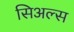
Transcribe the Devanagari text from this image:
सिअल्स